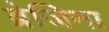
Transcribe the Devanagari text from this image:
ब्रेजिना